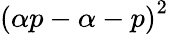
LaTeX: \left(\alpha p-\alpha-p\right)^{2}